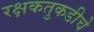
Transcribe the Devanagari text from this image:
रक्षकतुकडीचे